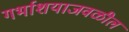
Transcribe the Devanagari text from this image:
गर्भाशयाजवळील